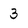
Character: 3